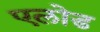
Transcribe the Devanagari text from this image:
एलोड